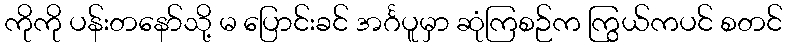
ကိုကို ပန်းတနော်သို့ မ ပြောင်းခင် အင်္ဂပူမှာ ဆုံကြစဉ်က ကြွယ်ကပင် စတင်